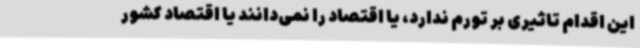
این اقدام تاثیری بر تورم ندارد، یا اقتصاد را نمی‌دانند یا اقتصاد کشور